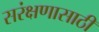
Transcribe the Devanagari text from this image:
सरंक्षणासाठी